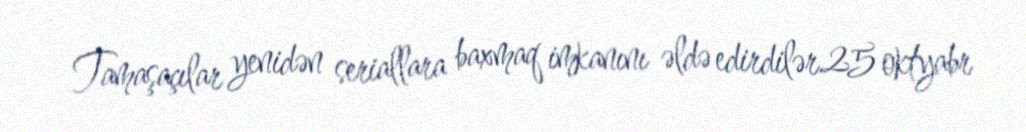
Tamaşaçılar yenidən seriallara baxmaq imkanını əldə edirdilər.25 oktyabr